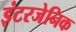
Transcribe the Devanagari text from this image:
इंटरजेनिक